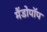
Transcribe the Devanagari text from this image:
मैंडोपॉप